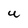
Character: U